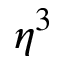
\eta ^ { 3 }